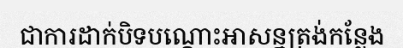
ជាការដាក់បិទបណ្តោះអាសន្នត្រង់កន្លែង